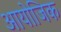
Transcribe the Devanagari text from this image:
आयोजिक